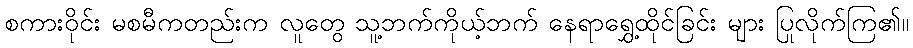
စကားဝိုင်း မစမီကတည်းက လူတွေ သူ့ဘက်ကိုယ့်ဘက် နေရာရွှေ့ထိုင်ခြင်း များ ပြုလိုက်ကြ၏။